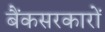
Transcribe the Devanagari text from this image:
बैंकसरकारों